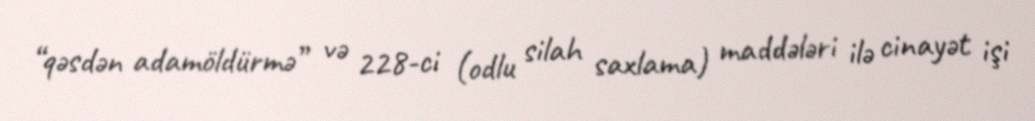
“qəsdən adamöldürmə” və 228-ci (odlu silah saxlama) maddələri ilə cinayət işi